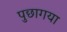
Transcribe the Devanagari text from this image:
पुछागया